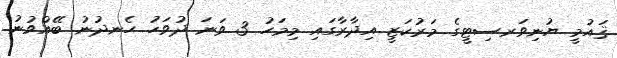
ޤައުމީ ޔުނިވަރސިޓީގެ މަރުކަޒީ އިދާރާގައި މިމަހު 3 ވަނަ ދުވަހު ހެނދުނު ބޭއްވުނު